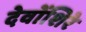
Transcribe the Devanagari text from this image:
देवोंशिरे